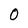
Character: 0